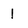
Character: 1